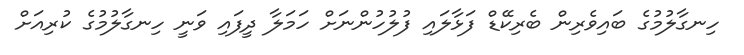
ހިނގާލުމުގެ ބައިވެރިން ބެރިކޭޑް ފަޅާލައި ފުލުހުންނަށް ހަމަލާ ދީފައި ވަނީ ހިނގާލުމުގެ ކުރިއަށް